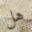
هل